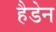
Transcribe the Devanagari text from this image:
हैडेन